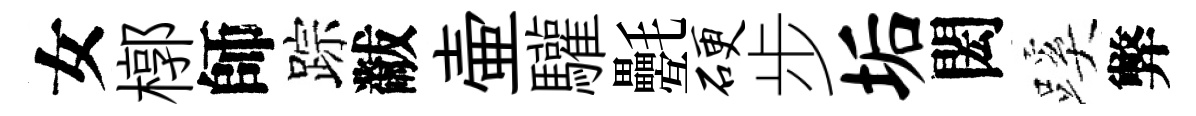
女槨師踪黻壷驩氎硬步垢閎蹊弊